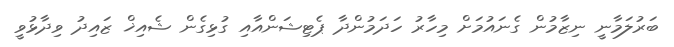
ބަރުލަމާނީ ނިޒާމުން ގެނައުމަށް މިހާރު ހަދަމުންދާ ޕެޓިޝަންއާއި ގުޅިގެން ޝެއިޚް ޒައިދު ވިދާޅުވީ